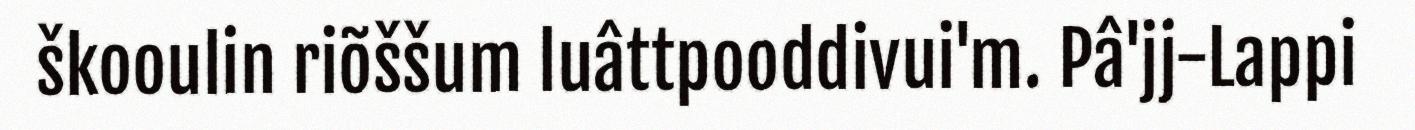
škooulin riõššum luâttpooddivui'm. Pâ'jj-Lappi